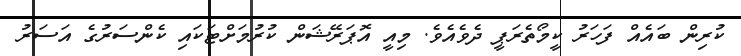
ކުރިން ބައެއް ފަހަރު ކީމޯތެރަޕީ ދެވެއެވެ. މިއީ އޮޕަރޭޝަން ކުރުމަށްޓަކައި ކެންސަރުގެ އަސަރު